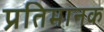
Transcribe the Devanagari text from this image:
प्रतिमानक